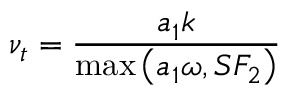
\nu _ { t } = \frac { a _ { 1 } k } { \operatorname* { m a x } \left( a _ { 1 } \omega , S F _ { 2 } \right) }